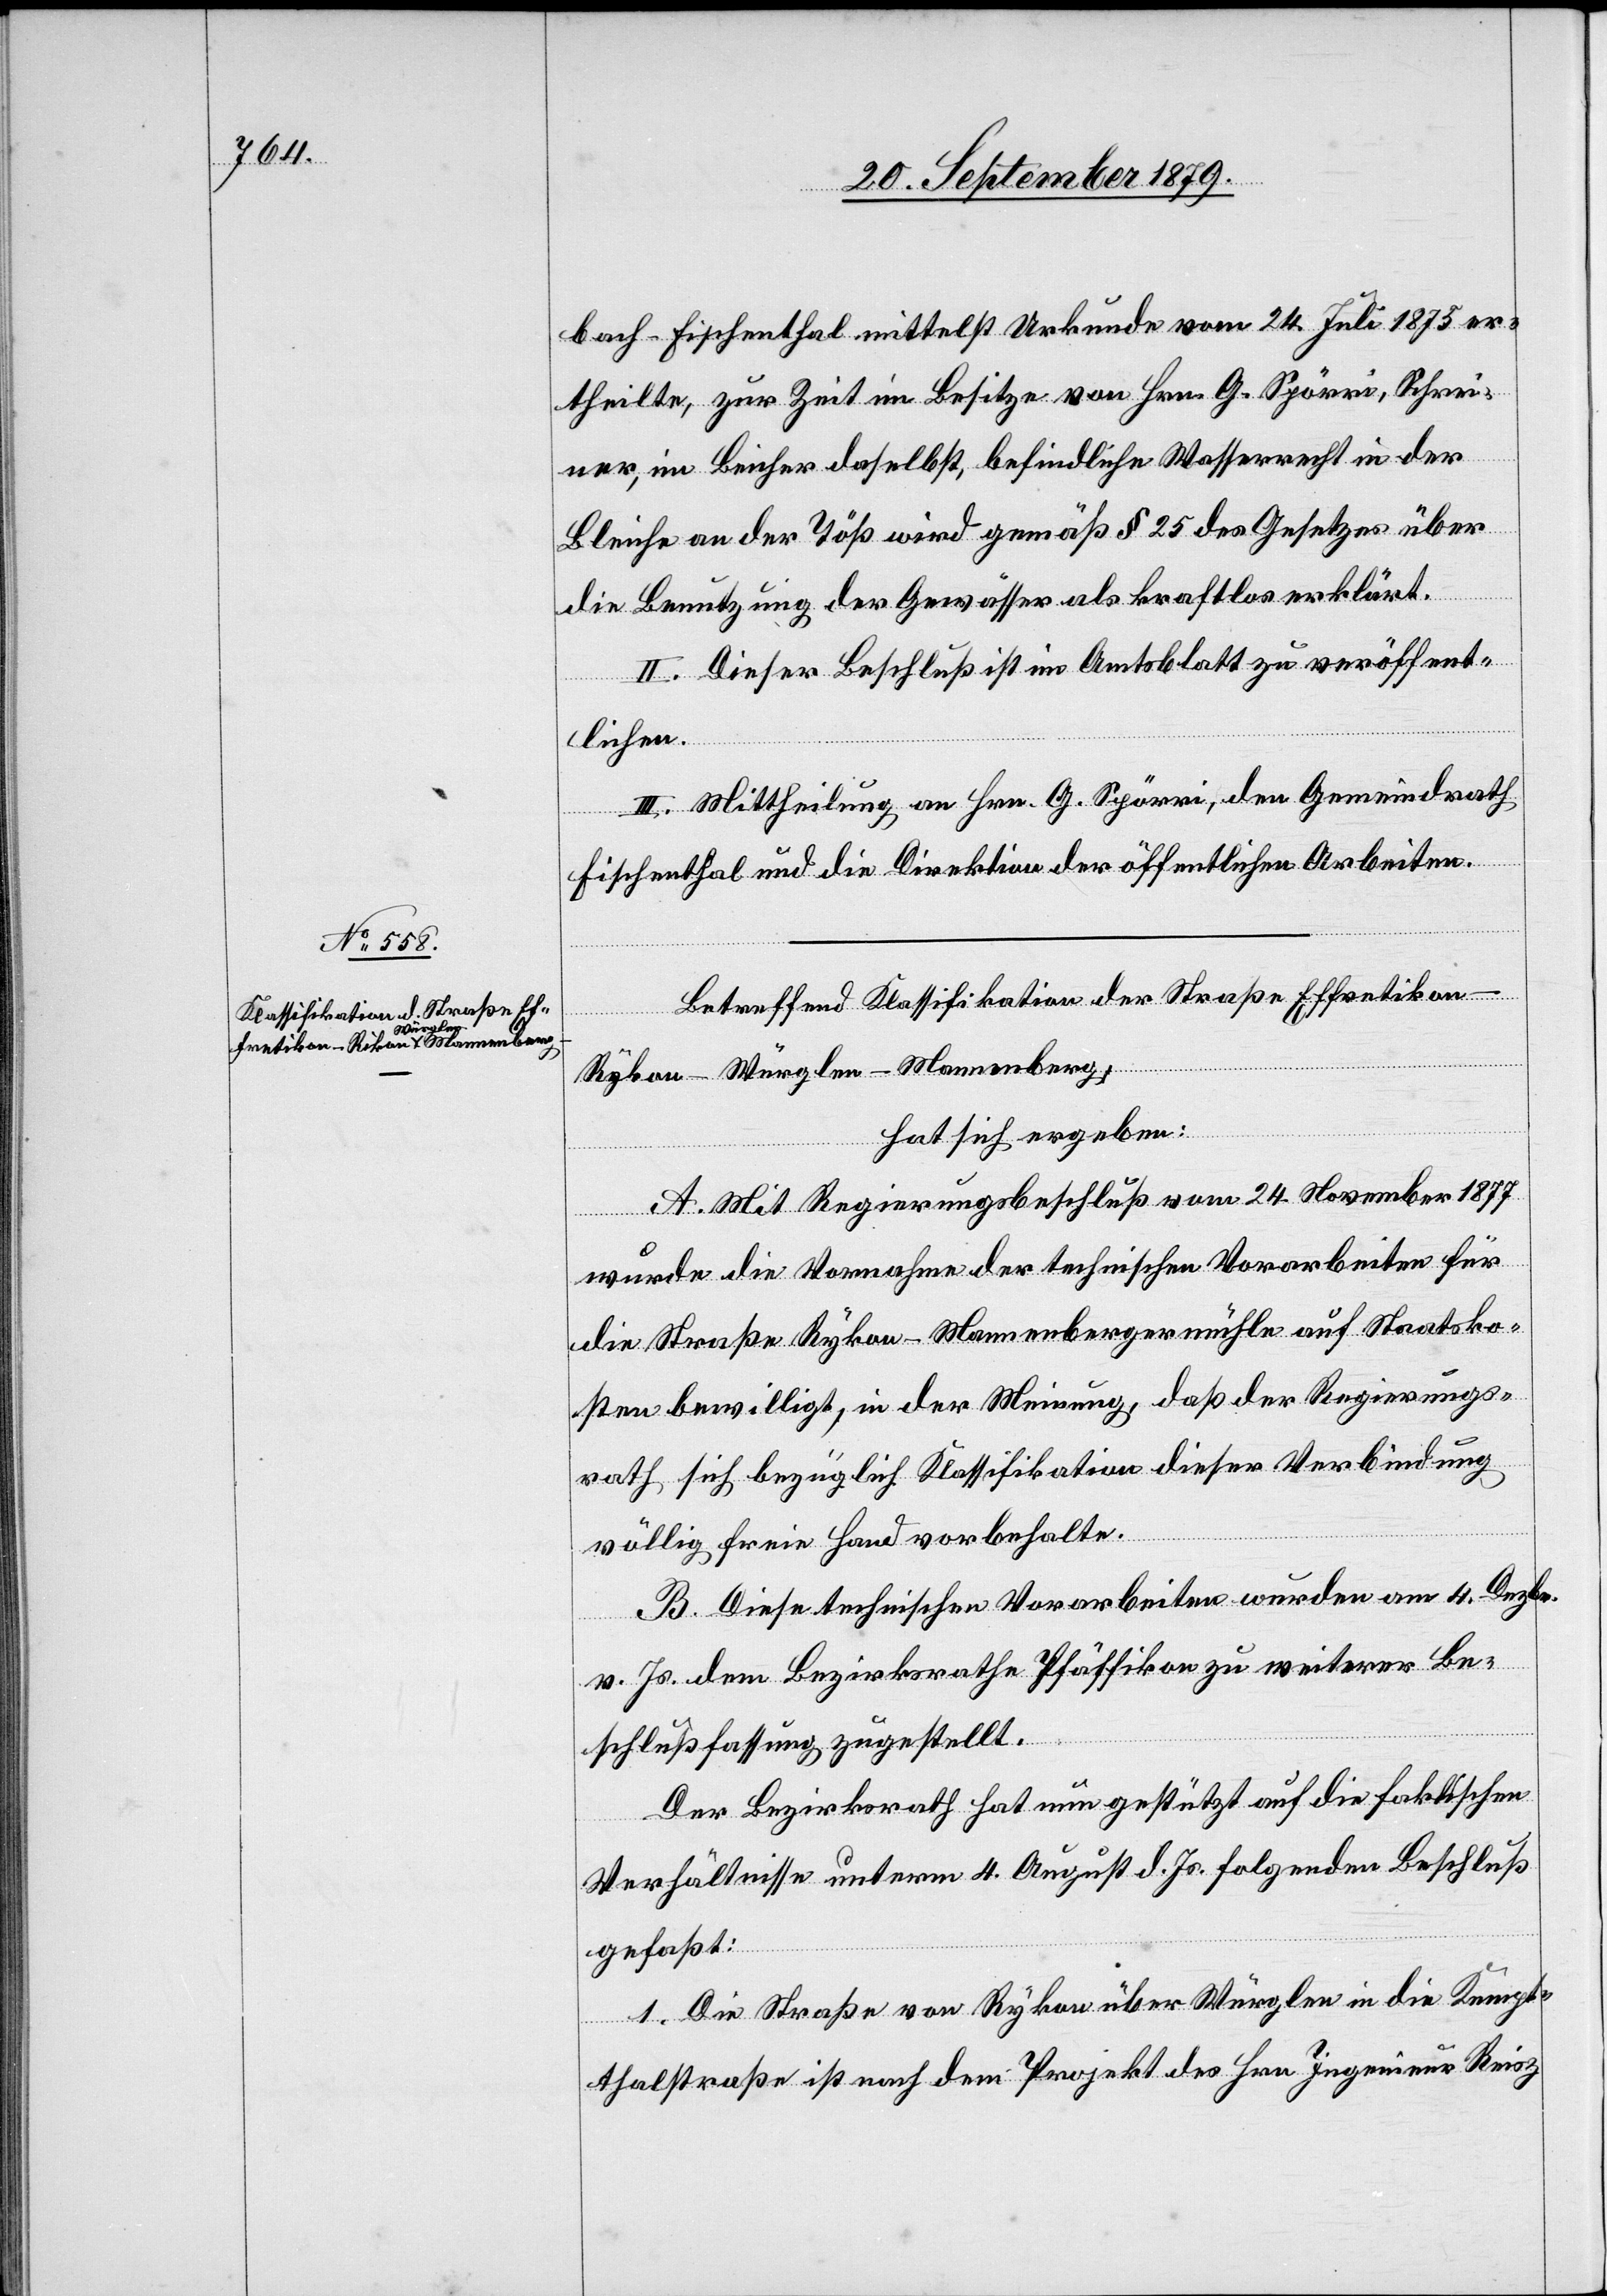
bach - Fischenthal mittelst Urkunde vom 24. Juli 1875 er¬
theilte, zur Zeit im Besitze von Hrn. G. Spörri, Schrei¬
ner, im Beicher daselbst, befindliche Wasserrecht in der
Bleich an der Töß wird gemäß § 25 des Gesetzes über
die Benutzung der Gewässer als kraftlos erklärt.
II. Dieser Beschluß ist im Amtsblatt zu veröffent¬
lichen.
III. Mittheilung an Hrn. G. Spörri, den Gemeindrath
Fischenthal und die Direktion der öffentlichen Arbeiten.
Betreffend Klassifikation der Straße Effretikon–R¬
ykon–Würglen–Mannenberg,
hat sich ergeben:
A. Mit Regierungsbeschluß vom 24. November 1877
wurde die Vornahme der technischen Vorarbeiten für
die Straße Rykon–Mannenbergermühle auf Staatsko¬
sten bewilligt, in der Meinung, daß der Regierungs¬
rath sich bezüglich Klassifikation dieser Verbindung
völlig freie Hand vorbehalte.
B. Diese technischen Vorarbeiten wurden am 4. Dezbr.
v. Js. dem Bezirksrathe Pfäffikon zu weiterer Be¬
schlußfassung zugestellt.
Der Bezirksrath hat nun gestützt auf die faktischen
Verhältnisse unterm 4. August d. Js. folgender Beschluß
gefaßt:
1. Die Straße von Rykon über Würglen in die Kempt¬
thalstraße ist nach dem Projekt des Hrn. Ingenieur Reisz